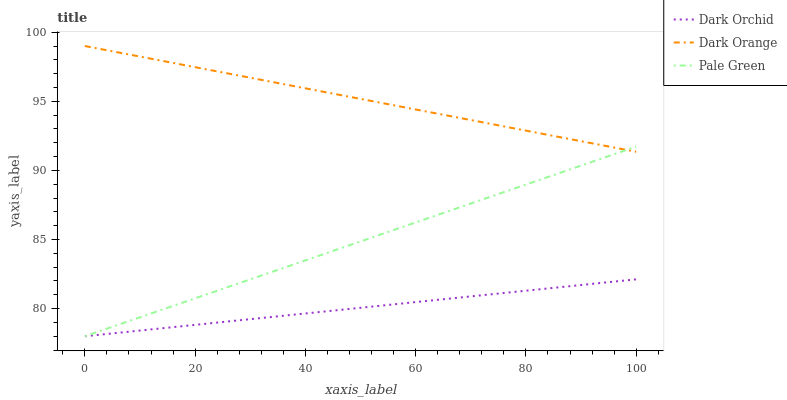
| xaxis_label | Dark Orchid | Dark Orange | Pale Green |
 | --- | --- | --- | --- |
 | 0 | 78 | 99 | 78 |
 | 5.88 | 78.2 | 98.5 | 78.8 |
 | 11.8 | 78.5 | 98.1 | 79.6 |
 | 17.6 | 78.7 | 97.6 | 80.4 |
 | 23.5 | 79 | 97.2 | 81.2 |
 | 29.4 | 79.2 | 96.7 | 82 |
 | 35.3 | 79.5 | 96.3 | 82.8 |
 | 41.2 | 79.7 | 95.8 | 83.6 |
 | 47.1 | 79.9 | 95.4 | 84.5 |
 | 52.9 | 80.2 | 94.9 | 85.3 |
 | 58.8 | 80.4 | 94.5 | 86.1 |
 | 64.7 | 80.7 | 94 | 86.9 |
 | 70.6 | 80.9 | 93.6 | 87.7 |
 | 76.5 | 81.1 | 93.1 | 88.5 |
 | 82.4 | 81.4 | 92.7 | 89.3 |
 | 88.2 | 81.6 | 92.2 | 90.1 |
 | 94.1 | 81.9 | 91.8 | 90.9 |
 | 100 | 82.1 | 91.3 | 91.7 |